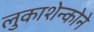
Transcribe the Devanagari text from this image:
लुकाशेन्कोने